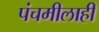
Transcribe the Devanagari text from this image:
पंचमीलाही